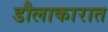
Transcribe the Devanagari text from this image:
डौलाकारात